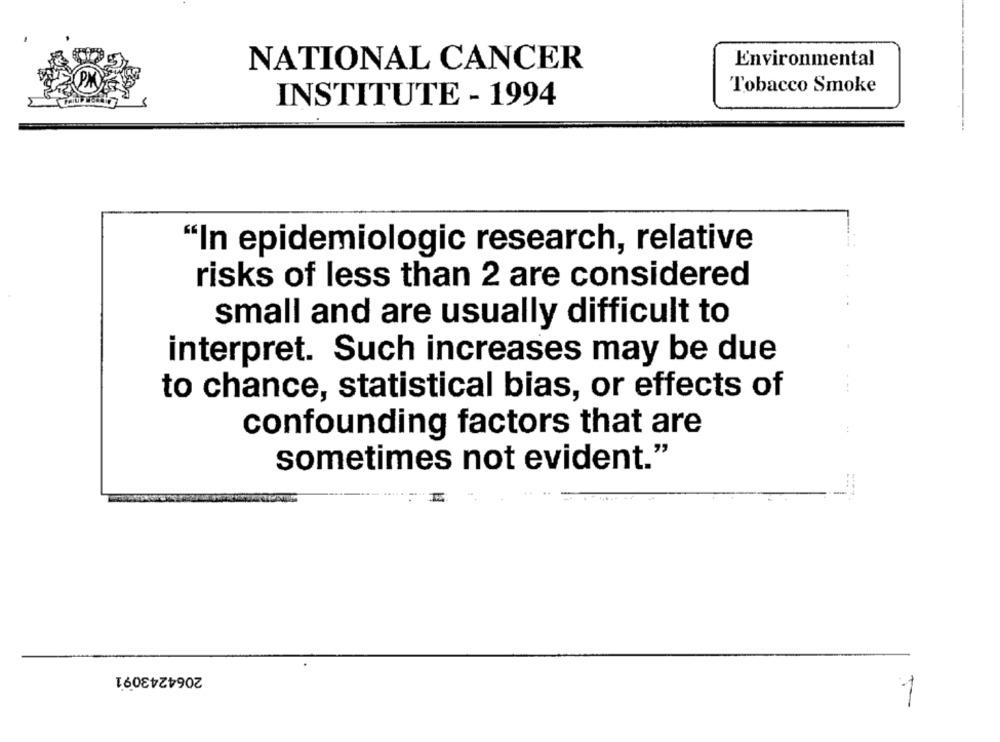
NATIONAL CANCER
Environmental
Tobacco Smoke
INSTITUTE - 1994
"In epidemiologic research, relative
risks of less than 2 are considered
small and are usually difficult to
interpret. Such increases may be due
to chance, statistical bias, or effects of
confounding factors that are
sometimes not evident."
-
2064243091